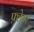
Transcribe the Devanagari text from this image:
फ़्लेचर